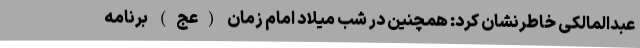
عبدالمالکی خاطرنشان کرد: همچنین در شب میلاد امام زمان (عج) برنامه